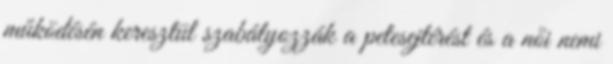
működésén keresztül szabályozzák a petesejtérést és a női nemi